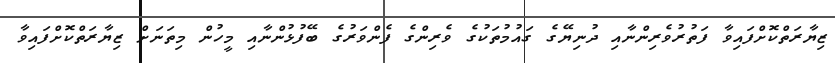
ޒިޔާރަތްކޮށްފައިވާ ފަތުރުވެރިންނާއި ދުނިޔޭގެ ގައުމުތަކުގެ ވެރިންގެ ފެންވަރުގެ ބޭފުޅުންނާއި މީހުން މިތަނަށް ޒިޔާރަތްކޮށްފައިވާ